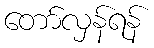
တော်လှန်ရန်